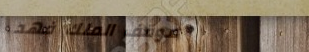
موقف الملك فهد